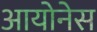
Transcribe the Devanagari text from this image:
आयोनेस